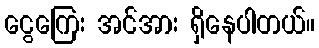
ငွေကြေး အင်အား ရှိနေပါတယ်။